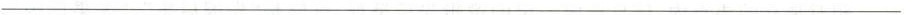
___